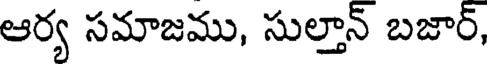
ఆర్య సమాజము, సుల్తాన్ బజార్,